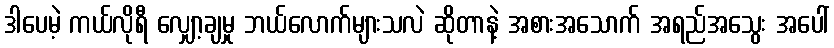
ဒါပေမဲ့ ကယ်လိုရီ လျှော့ချမှု ဘယ်လောက်များသလဲ ဆိုတာနဲ့ အစားအသောက် အရည်အသွေး အပေါ်